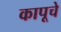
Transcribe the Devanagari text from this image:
कापूचे